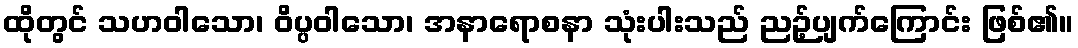
ထိုတွင် သဟဝါသော၊ ဝိပ္ပဝါသော၊ အနာရောစနာ သုံးပါးသည် ညဉ့်ပျက်ကြောင်း ဖြစ်၏။